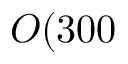
O ( 3 0 0